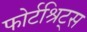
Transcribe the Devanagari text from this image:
फोर्टश्रिट्स